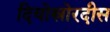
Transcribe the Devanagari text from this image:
दियोस्रोरदीस